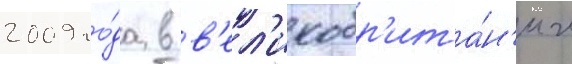
2009 го́да в в'ел'икобр'ита́н'ии